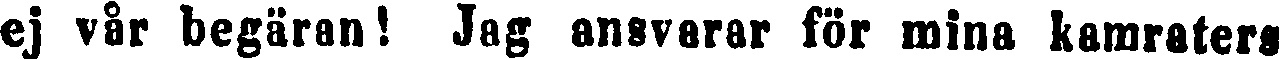
ej vår begäran! Jag ansvarar för mina kamraters